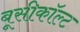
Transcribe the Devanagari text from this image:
बूसीकॉल्ट